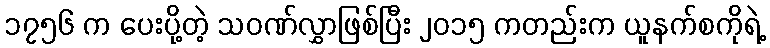
၁၇၅၆ က ပေးပို့တဲ့ သဝဏ်လွှာဖြစ်ပြီး ၂၀၁၅ ကတည်းက ယူနက်စကိုရဲ့